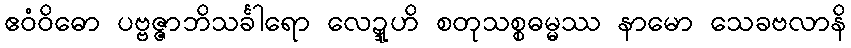
ဧဝံဝိဓော ပဗ္ဗဇ္ဇာဘိသင်္ခါရော လေဍ္ဍူဟိ စတုသစ္စဓမ္မဿ နာမော သေခဗလာနိ